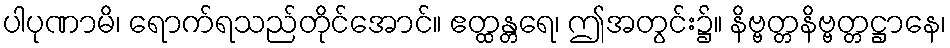
ပါပုဏာမိ၊ ရောက်ရသည်တိုင်အောင်။ ဧတ္ထန္တရေ၊ ဤအတွင်း၌။ နိဗ္ဗတ္တနိဗ္ဗတ္တဋ္ဌာနေ၊